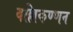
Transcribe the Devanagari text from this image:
वल्लिकण्णन